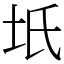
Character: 坁